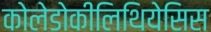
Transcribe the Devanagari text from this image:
कोलेडोकीलिथियेसिस